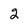
Character: 2